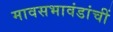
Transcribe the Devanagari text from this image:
मावसभावंडांचीं